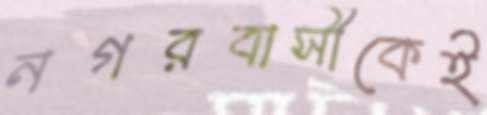
নগরবাসীকেই